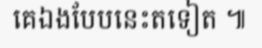
គេឯងបែបនេះតទៀត ៕